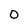
Character: O